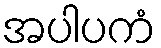
အပါပကံ